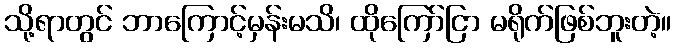
သို့ရာတွင် ဘာကြောင့်မှန်းမသိ၊ ထိုကြော်ငြာ မရိုက်ဖြစ်ဘူးတဲ့။